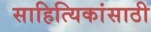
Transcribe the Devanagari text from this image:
साहित्यिकांसाठी